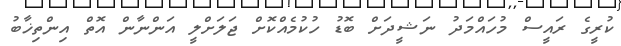
ކުރީގެ ރައީސް މުހައްމަދު ނަޝީދަށް ބޮޑު ހުކުމެއްކޮށް ޖަލަށްލީ އަންނާން އޮތް އިންތިޚާބު